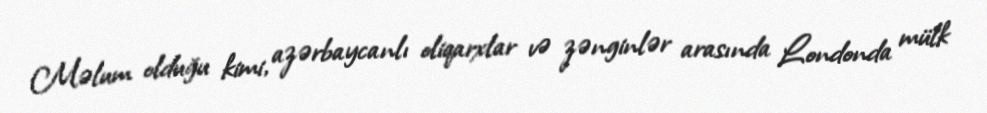
Məlum olduğu kimi, azərbaycanlı oliqarxlar və zənginlər arasında Londonda mülk